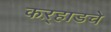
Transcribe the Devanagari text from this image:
कऱ्हाडचे